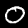
Digit: 0